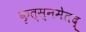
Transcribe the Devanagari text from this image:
कृत्स्नमेतद्